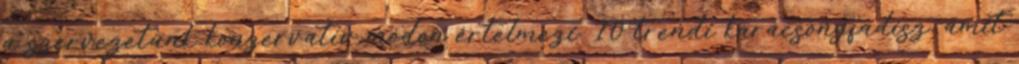
a szervezetünk konzervatív módon értelmezi. 10 trendi karácsonyfadísz, amit